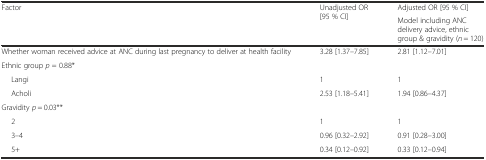
<table><thead><tr><td rowspan="2"><b>Factor</b></td><td rowspan="2"><b>Unadjusted OR [95 % CI]</b></td><td><b>Adjusted OR [95 % CI]</b></td></tr><tr><td><b>Model including ANC delivery advice, ethnic group &amp; gravidity (<i>n</i> = 120)</b></td></tr></thead><tbody><tr><td>Whether woman received advice at ANC during last pregnancy to deliver at health facility</td><td>3.28 [1.37–7.85]</td><td>2.81 [1.12–7.01]</td></tr><tr><td colspan="3">Ethnic group <i>p</i> = 0.88*</td></tr><tr><td>Langi</td><td>1</td><td>1</td></tr><tr><td>Acholi</td><td>2.53 [1.18–5.41]</td><td>1.94 [0.86–4.37]</td></tr><tr><td colspan="3">Gravidity <i>p</i> = 0.03**</td></tr><tr><td>2</td><td>1</td><td>1</td></tr><tr><td>3–4</td><td>0.96 [0.32–2.92]</td><td>0.91 [0.28–3.00]</td></tr><tr><td>5+</td><td>0.34 [0.12–0.92]</td><td>0.33 [0.12–0.94]</td></tr></tbody></table>